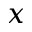
x